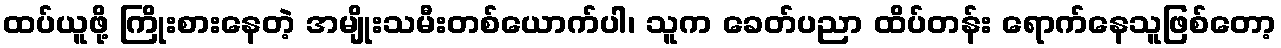
ထပ်ယူဖို့ ကြိုးစားနေတဲ့ အမျိုးသမီးတစ်ယောက်ပါ၊ သူက ခေတ်ပညာ ထိပ်တန်း ရောက်နေသူဖြစ်တော့